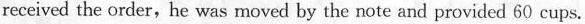
received the order,he was moved by the note and provided 60 cups.